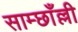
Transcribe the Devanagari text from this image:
साम्छाँल्ली